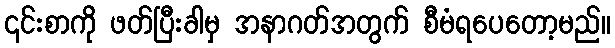
၎င်းစာကို ဖတ်ပြီးခါမှ အနာဂတ်အတွက် စီမံရပေတော့မည်။